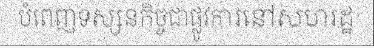
បំពេញទស្សនកិច្ចជាផ្លូវការនៅសហរដ្ឋ